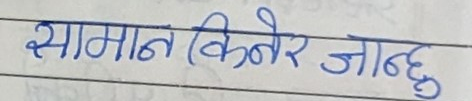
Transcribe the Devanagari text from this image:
सामान किनेर जान्छु